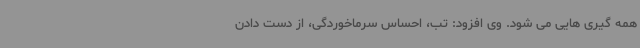
همه گیری هایی می شود. وی افزود: تب، احساس سرماخوردگی، از دست دادن